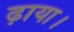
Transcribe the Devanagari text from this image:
ढ़ाया।